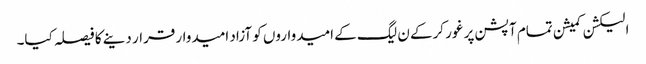
الیکشن کمیشن تمام آپشن پر غور کرکے ن لیگ کے امیدواروں کو آزاد امیدوار قرار دینے کا فیصلہ کیا۔